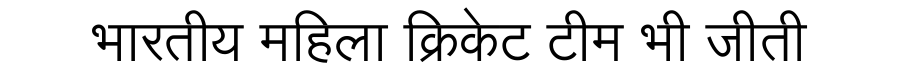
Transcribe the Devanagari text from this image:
भारतीय महिला क्रिकेट टीम भी जीती